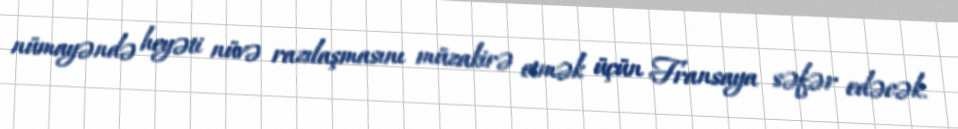
nümayəndə heyəti nüvə razılaşmasını müzakirə etmək üçün Fransaya səfər edəcək.